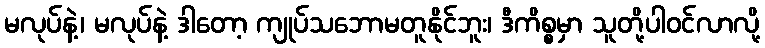
မလုပ်နဲ့၊ မလုပ်နဲ့ ဒါတော့ ကျုပ်သဘောမတူနိုင်ဘူး၊ ဒီကိစ္စမှာ သူတို့ပါဝင်လာလို့